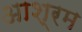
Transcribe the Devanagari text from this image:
अाश्रम